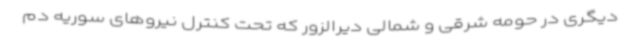
دیگری در حومه شرقی و شمالی دیرالزور که تحت کنترل نیروهای سوریه دم